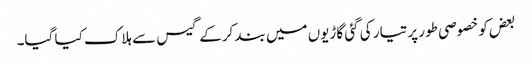
بعض کو خصوصی طور پر تیار کی گئی گاڑیوں میں بند کرکے گیس سے ہلاک کیا گیا۔